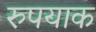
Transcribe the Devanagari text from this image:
रुपयाक